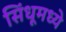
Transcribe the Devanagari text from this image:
सिंधूमध्ये